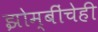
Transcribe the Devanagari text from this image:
झोम्बींचेही